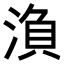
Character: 𭱘